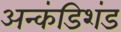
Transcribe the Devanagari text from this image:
अन्कंडिशंड